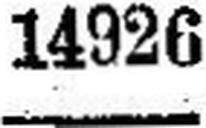
14926